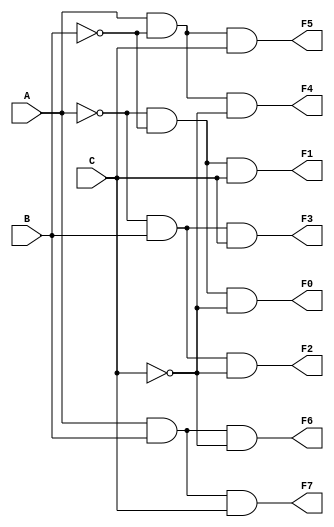
module decoder_1hot_3_to_8(
  output wire F0,F1,F2,F3,F4,F5,F6,F7,
  input wire A, B, C);
  
  assign F0 = ~A & ~B & ~C;
  assign F1 = ~A & ~B &  C;
  assign F2 = ~A &  B & ~C;
  assign F3 = ~A &  B &  C;
  assign F4 =  A & ~B & ~C;
  assign F5 =  A & ~B &  C;
  assign F6 =  A &  B & ~C;
  assign F7 =  A &  B &  C;
endmodule